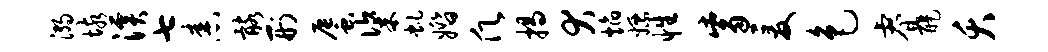
溺垓溪七舂髂刑蜃粢虬婚愿揭犬焰嫖性觜爰色睿醍夭